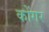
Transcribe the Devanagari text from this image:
कोंगर